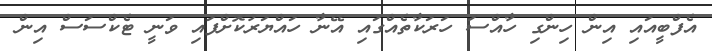
އެފްބީއައި އިން ހިންގި ހާއްސަ ހަރަކާތެއްގައި އޭނާ ހައްޔަރުކޮށްފައި ވަނީ ޓެކްސަސް އިން